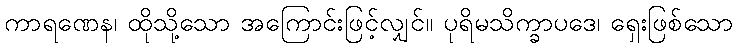
ကာရဏေန၊ ထိုသို့သော အကြောင်းဖြင့်လျှင်။ ပုရိမသိက္ခာပဒေ၊ ရှေးဖြစ်သော